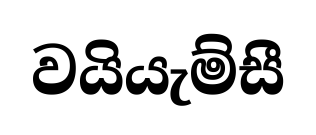
වයියැම්සී